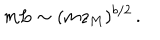
m L \sim ( m z _ { M } ) ^ { b / 2 } \, .